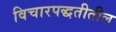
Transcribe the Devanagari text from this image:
विचारपद्धतीतील